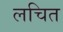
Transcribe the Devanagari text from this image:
लचित